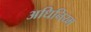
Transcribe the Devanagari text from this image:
अधिनिय्म